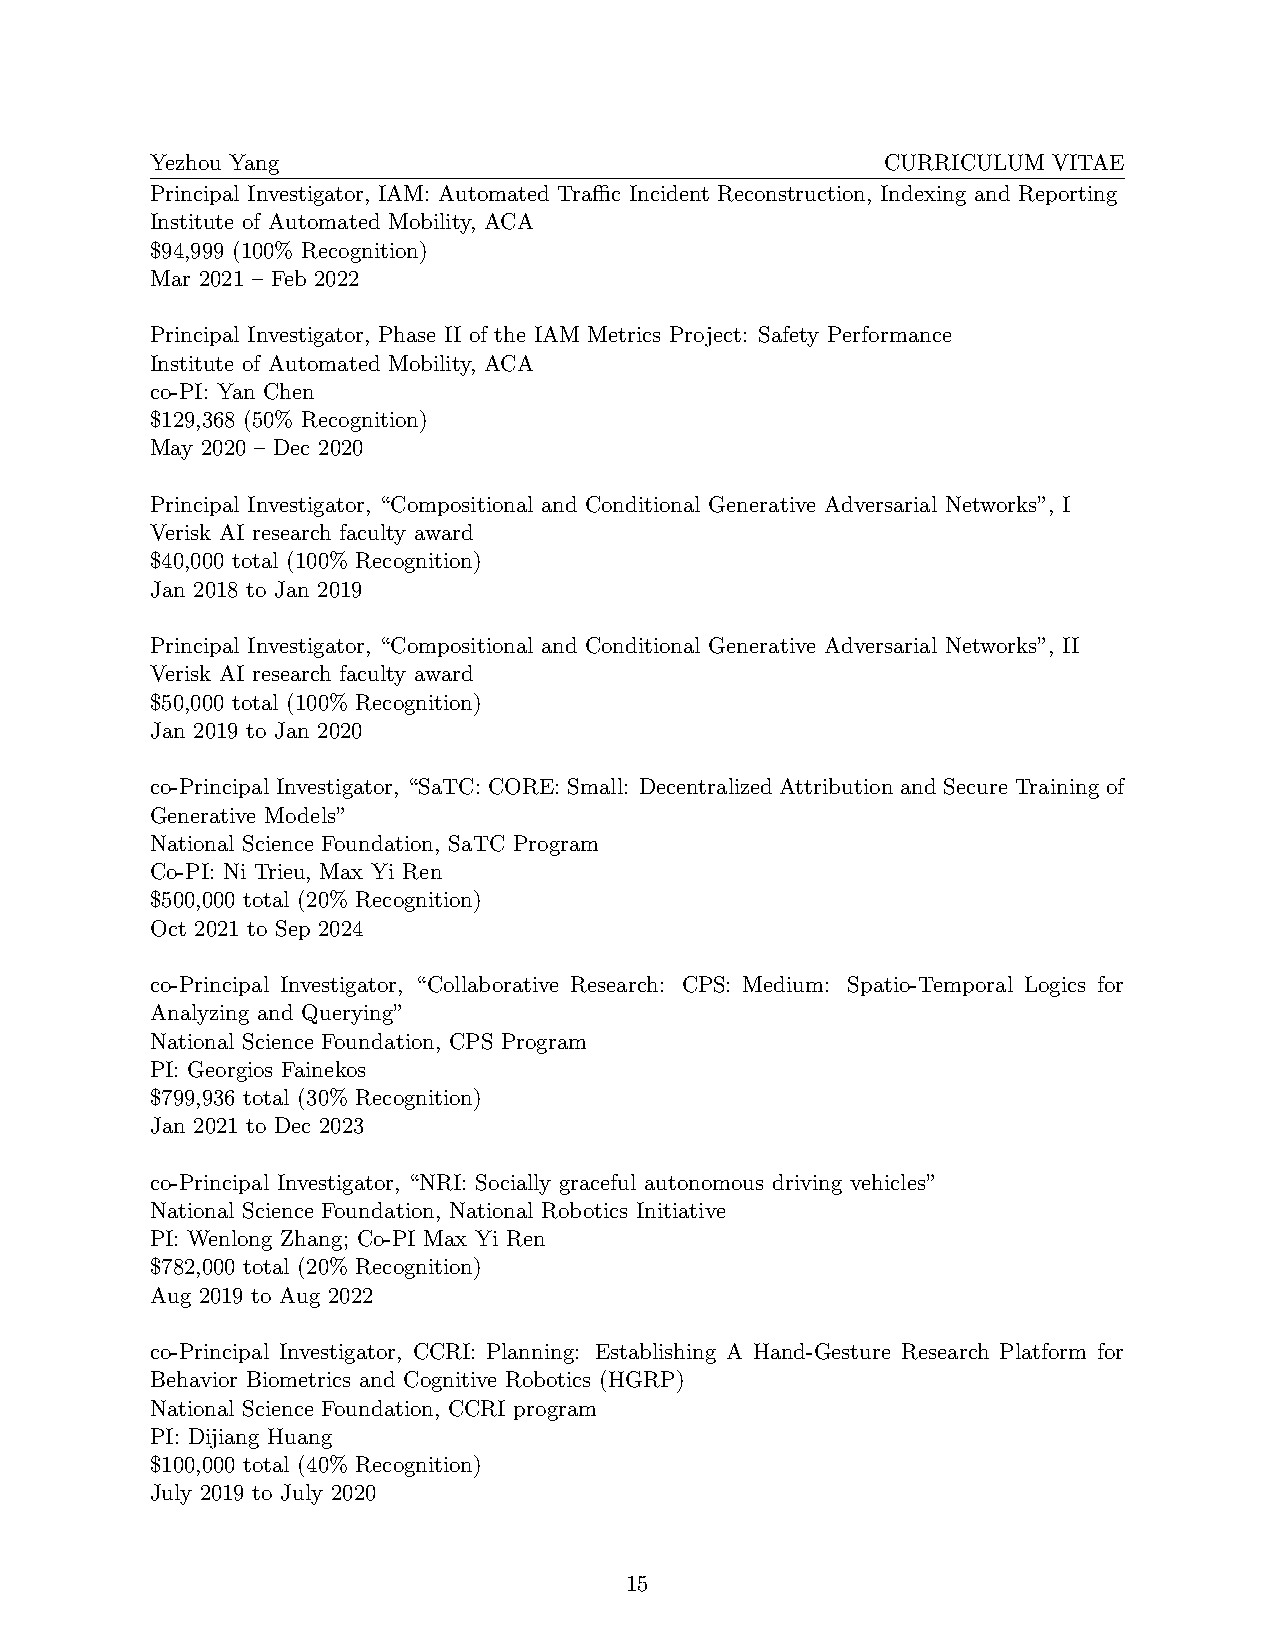
Yezhou Yang                                      CURRICULUM VITAE
 Principal Investigator, IAM: Automated Traffic Incident Reconstruction, Indexing and Reporting
 Institute of Automated Mobility, ACA
 $94,999 (100% Recognition)
 Mar 2021 – Feb 2022
 Principal Investigator, Phase II of the IAM Metrics Project: Safety Performance
 Institute of Automated Mobility, ACA
 co-PI: Yan Chen
 $129,368 (50% Recognition)
 May 2020 – Dec 2020
 Principal Investigator, “Compositional and Conditional Generative Adversarial Networks”, I
 Verisk AI research faculty award
 $40,000 total (100% Recognition)
 Jan 2018 to Jan 2019
 Principal Investigator, “Compositional and Conditional Generative Adversarial Networks”, II
 Verisk AI research faculty award
 $50,000 total (100% Recognition)
 Jan 2019 to Jan 2020
 co-Principal Investigator, “SaTC: CORE: Small: Decentralized Attribution and Secure Training of
 Generative Models”
 National Science Foundation, SaTC Program
 Co-PI: Ni Trieu, Max Yi Ren
 $500,000 total (20% Recognition)
 Oct 2021 to Sep 2024
 co-Principal Investigator, “Collaborative Research: CPS: Medium: Spatio-Temporal Logics for
 Analyzing and Querying”
 National Science Foundation, CPS Program
 PI: Georgios Fainekos
 $799,936 total (30% Recognition)
 Jan 2021 to Dec 2023
 co-Principal Investigator, “NRI: Socially graceful autonomous driving vehicles”
 National Science Foundation, National Robotics Initiative
 PI: Wenlong Zhang; Co-PI Max Yi Ren
 $782,000 total (20% Recognition)
 Aug 2019 to Aug 2022
 co-Principal Investigator, CCRI: Planning: Establishing A Hand-Gesture Research Platform for
 Behavior Biometrics and Cognitive Robotics (HGRP)
 National Science Foundation, CCRI program
 PI: Dijiang Huang
 $100,000 total (40% Recognition)
 July 2019 to July 2020
 15